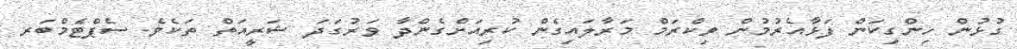
ގުޅުން ހިންގިކަން ފަޅާއެރުމުން ވިކްރަމް މަރާލައިގެން ކުރިއަށްގެންދާ ވަރުގަދަ ޝަރީއަތް ތަކެވެ. ސެޕްޓެމްބަރ